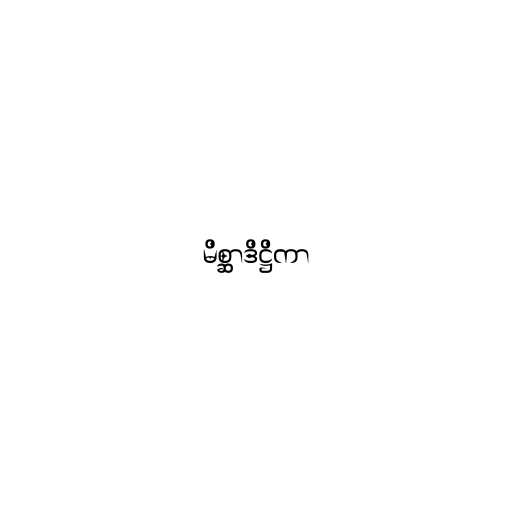
မိစ္ဆာဒိဋ္ဌိကာ